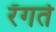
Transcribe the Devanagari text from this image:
रँगते